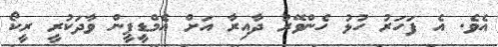
އެވެ. އެ ފަހަރު ހުޅު ހެންވޭރު ދާއިރާ އަށް އެމްޑީީޕީން ވާދަކުރީ ރީކޯ